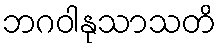
ဘဂဝါနုသာသတိ